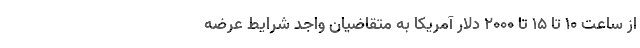
از ساعت ۱۰ تا ۱۵ تا ۲۰۰۰ دلار آمریکا به متقاضیان واجد شرایط عرضه